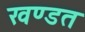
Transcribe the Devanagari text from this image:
खण्डत